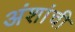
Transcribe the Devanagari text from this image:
अंशांची